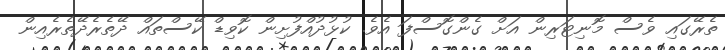
ތެރޭގައި ވެސް މޮނިޓަރިން އަށް ގެންގޮސްފަ އެވެ. ކުޅުދުއްފުށިން ކޮވިޑް ކޭސްތައް ދޭތެރެދޭތެރެއިން